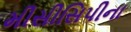
મીસીસિપીના